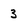
Character: 3